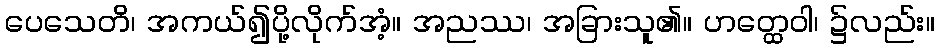
ပေသေတိ၊ အကယ်၍ပို့လိုက်အံ့။ အညဿ၊ အခြားသူ၏။ ဟတ္ထေဝါ၊ ၌လည်း။